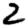
Digit: 2